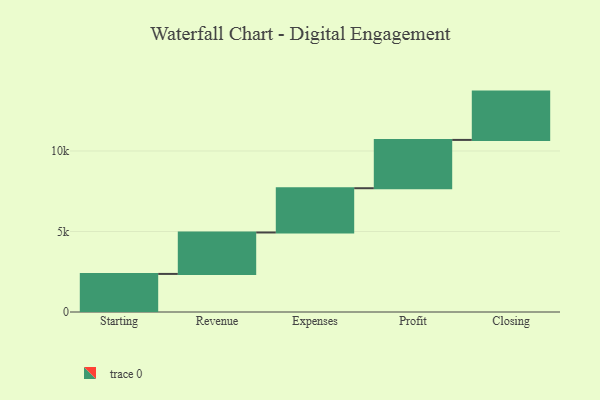
{"axis": {"x": "Step", "y": "Value"}, "legend": [""], "data": [{"x": "Starting", "y": 2365.0, "type": ""}, {"x": "Revenue", "y": 2573.0, "type": ""}, {"x": "Expenses", "y": 2749.0, "type": ""}, {"x": "Profit", "y": 3000, "type": ""}, {"x": "Closing", "y": 3000, "type": ""}]}